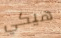
هيكي